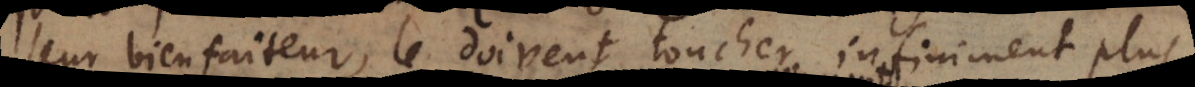
leur bienfaiteur, le doivent toucher infiniment plus